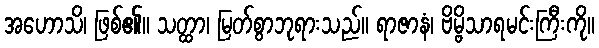
အဟောသိ၊ ဖြစ်၏။ သတ္ထာ၊ မြတ်စွာဘုရားသည်။ ရာဇာနံ၊ ဗိမ္ဗိသာရမင်းကြီးကို။